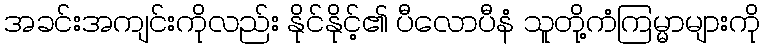
အခင်းအကျင်းကိုလည်း နိုင်နိုင့်၏ ပီလောပီနံ သူတို့ကံကြမ္မာများကို